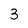
Character: 3